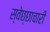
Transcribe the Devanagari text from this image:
स्वेछ्छाचारी